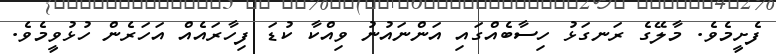
ފެށީމެވެ. މާލޭގެ ރަނގަޅު ހިސާބެއްގައި އަންނައުނު ވިއްކާ ކުޑަ ފިހާރައެއް އަހަރެން ހުޅުވީމެވެ.